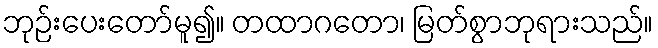
ဘုဉ်းပေးတော်မူ၍။ တထာဂတော၊ မြတ်စွာဘုရားသည်။